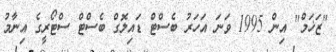
"ޒަޚަމް" އިން 1995 ވަނަ އަހަރު ބެސްޓް ޑައިލޮގް ބެސްޓް ސްޓޯރީގެ އިނާމު